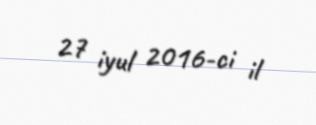
27 iyul 2016-ci il